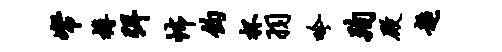
帑樽弭怖钧杯羽吟殉殿超